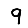
Digit: 9